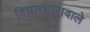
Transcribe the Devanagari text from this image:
विचारधारावाले